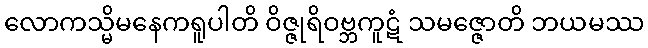
လောကသ္မိမနေကရူပါတိ ဝိဇ္ဇုရိဝဗ္ဘကူဋံ သမဇ္ဇောတိ ဘယမဿ